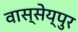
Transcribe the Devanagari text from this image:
वास्सेय्पुर